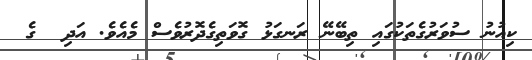
ކިއުނު ސުވަރުގެތަކުގައި ތިބޭނޭ ރަނގަޅު ގޮވަތިގެދޮރުވެސް މެއެވެ. އަދި  ގެ